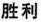
胜利